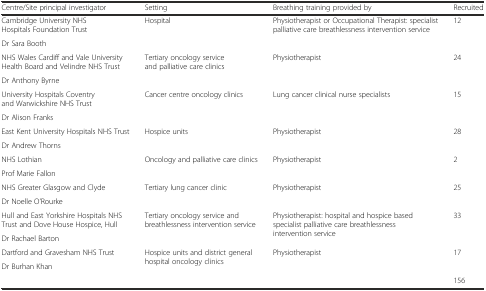
| Centre/Site principal investigator | Setting | Breathing training provided by | Recruited |
 | --- | --- | --- | --- |
 | Cambridge University NHS Hospitals Foundation Trust | <ROWSPAN=2> Hospital | <ROWSPAN=2> Physiotherapist or Occupational Therapist: specialist palliative care breathlessness intervention service | <ROWSPAN=2> 12 |
 | Dr Sara Booth |
 | NHS Wales Cardiff and Vale University Health Board and Velindre NHS Trust | <ROWSPAN=2> Tertiary oncology service and palliative care clinics | <ROWSPAN=2> Physiotherapist | <ROWSPAN=2> 24 |
 | Dr Anthony Byrne |
 | University Hospitals Coventry and Warwickshire NHS Trust | <ROWSPAN=2> Cancer centre oncology clinics | <ROWSPAN=2> Lung cancer clinical nurse specialists | <ROWSPAN=2> 15 |
 | Dr Alison Franks |
 | East Kent University Hospitals NHS Trust | <ROWSPAN=2> Hospice units | <ROWSPAN=2> Physiotherapist | <ROWSPAN=2> 28 |
 | Dr Andrew Thorns |
 | NHS Lothian | <ROWSPAN=2> Oncology and palliative care clinics | <ROWSPAN=2> Physiotherapist | <ROWSPAN=2> 2 |
 | Prof Marie Fallon |
 | NHS Greater Glasgow and Clyde | <ROWSPAN=2> Tertiary lung cancer clinic | <ROWSPAN=2> Physiotherapist | <ROWSPAN=2> 25 |
 | Dr Noelle O’Rourke |
 | Hull and East Yorkshire Hospitals NHS Trust and Dove House Hospice, Hull | <ROWSPAN=2> Tertiary oncology service and breathlessness intervention service | <ROWSPAN=2> Physiotherapist: hospital and hospice based specialist palliative care breathlessness intervention service | <ROWSPAN=2> 33 |
 | Dr Rachael Barton |
 | Dartford and Gravesham NHS Trust | <ROWSPAN=2> Hospice units and district general hospital oncology clinics | <ROWSPAN=2> Physiotherapist | <ROWSPAN=2> 17 |
 | Dr Burhan Khan |
 |  |  |  | 156 |